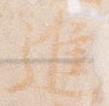
進